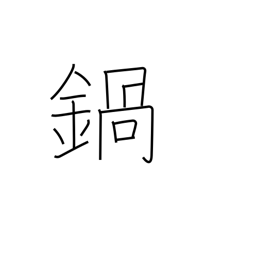
Meaning: pan